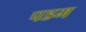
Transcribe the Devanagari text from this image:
पडम